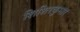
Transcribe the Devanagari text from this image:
शिशिरकुमार